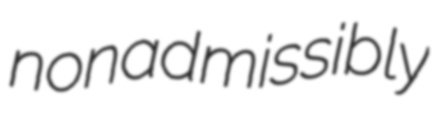
nonadmissibly